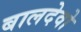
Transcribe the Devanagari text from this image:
बालदेवो